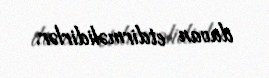
davan etdirməlidirlər.